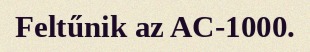
Feltűnik az AC-1000.